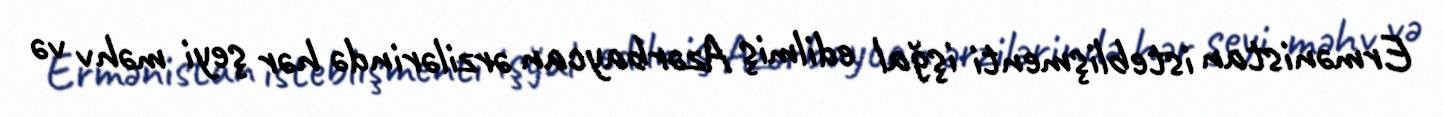
Ermənistan isteblişmenti işğal edilmiş Azərbaycan ərzilərində hər şeyi məhv və